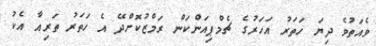
ވެއަތުވެ ދިޔަ ހަތަރު އަހަރުގެ ޗެމްޕިއަންކަން ރަމްޒުކޮށްދޭ އެ ހަތަރު ތަރިއާ އެކު